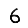
Digit: 6